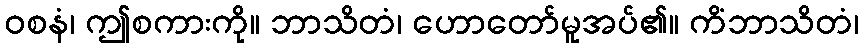
ဝစနံ၊ ဤစကားကို။ ဘာသိတံ၊ ဟောတော်မူအပ်၏။ ကိံဘာသိတံ၊